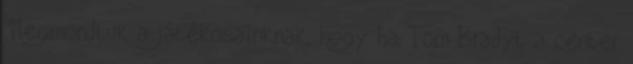
"Megmondtuk a játékosainknak, hogy ha Tom Bradyt a center